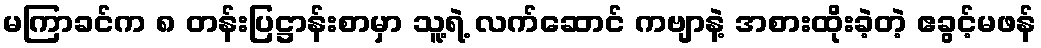
မကြာခင်က ၈ တန်းပြဋ္ဌာန်းစာမှာ သူ့ရဲ့ လက်ဆောင် ကဗျာနဲ့ အစားထိုးခဲ့တဲ့ ဧခွင့်မဖန်